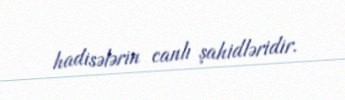
hadisələrin canlı şahidləridir.